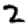
Digit: 2